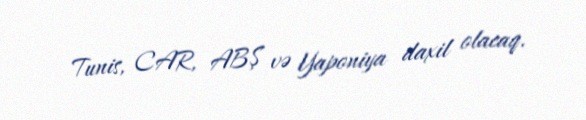
Tunis, CAR, ABŞ və Yaponiya daxil olacaq.